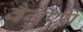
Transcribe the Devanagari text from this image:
वैगुण्ये